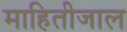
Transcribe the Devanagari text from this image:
माहितीजाल